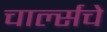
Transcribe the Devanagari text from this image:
चार्ल्सचे